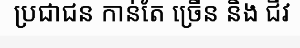
ប្រជាជន កាន់តែ ច្រើន និង ជីវ